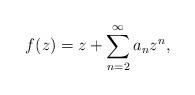
LaTeX: \begin{align*}f(z)=z+\sum\limits_{n=2}^{\infty }a_{n}z^{n},\end{align*}